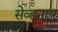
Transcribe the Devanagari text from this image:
सेव्हनएर